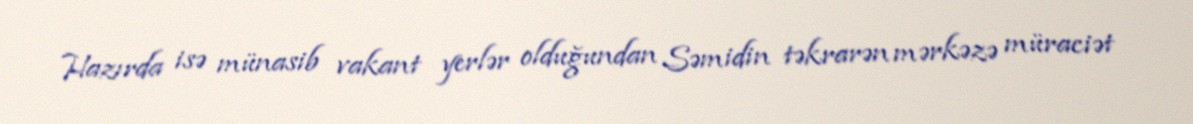
Hazırda isə münasib vakant yerlər olduğundan Səmidin təkrarən mərkəzə müraciət